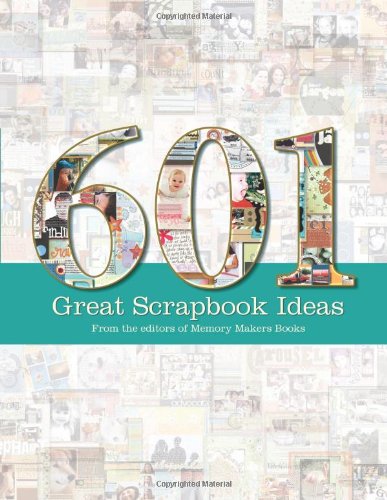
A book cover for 601 Great Scrapbook Ideas; Crafts, Hobbies & Home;